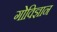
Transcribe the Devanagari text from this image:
गोविज्ञान